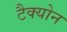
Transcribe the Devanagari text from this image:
टैक्योन